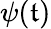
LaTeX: \psi(\mathfrak{t})